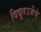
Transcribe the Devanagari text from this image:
विद्युतउर्जेचे